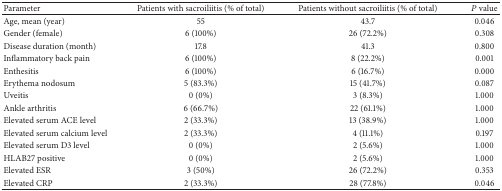
<table><thead><tr><td><b>Parameter</b></td><td><b>Patients with sacroiliitis (% of total)</b></td><td><b>Patients without sacroiliitis (% of total)</b></td><td><b><i>P</i> value</b></td></tr></thead><tbody><tr><td>Age, mean (year)</td><td>55</td><td>43.7</td><td>0.046</td></tr><tr><td>Gender (female)</td><td>6 (100%)</td><td>26 (72.2%)</td><td>0.308</td></tr><tr><td>Disease duration (month)</td><td>17.8</td><td>41.3</td><td>0.800</td></tr><tr><td>Inflammatory back pain</td><td>6 (100%)</td><td>8 (22.2%)</td><td>0.001</td></tr><tr><td>Enthesitis</td><td>6 (100%)</td><td>6 (16.7%)</td><td>0.000</td></tr><tr><td>Erythema nodosum</td><td>5 (83.3%)</td><td>15 (41.7%)</td><td>0.087</td></tr><tr><td>Uveitis</td><td>0 (0%)</td><td>3 (8.3%)</td><td>1.000</td></tr><tr><td>Ankle arthritis</td><td>6 (66.7%)</td><td>22 (61.1%)</td><td>1.000</td></tr><tr><td>Elevated serum ACE level</td><td>2 (33.3%)</td><td>13 (38.9%)</td><td>1.000</td></tr><tr><td>Elevated serum calcium level</td><td>2 (33.3%)</td><td>4 (11.1%)</td><td>0.197</td></tr><tr><td>Elevated serum D3 level</td><td>0 (0%)</td><td>2 (5.6%)</td><td>1.000</td></tr><tr><td>HLAB27 positive</td><td>0 (0%)</td><td>2 (5.6%)</td><td>1.000</td></tr><tr><td>Elevated ESR</td><td>3 (50%)</td><td>26 (72.2%)</td><td>0.353</td></tr><tr><td>Elevated CRP</td><td>2 (33.3%)</td><td>28 (77.8%)</td><td>0.046</td></tr></tbody></table>